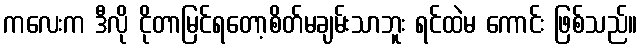
ကလေးက ဒီလို ငိုတာမြင်ရတော့စိတ်မချမ်းသာဘူး ရင်ထဲမ ကောင်း ဖြစ်သည်။